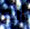
انه